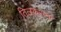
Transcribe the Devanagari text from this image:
तिलकरत्ना